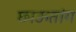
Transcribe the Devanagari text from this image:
छाऊतांग